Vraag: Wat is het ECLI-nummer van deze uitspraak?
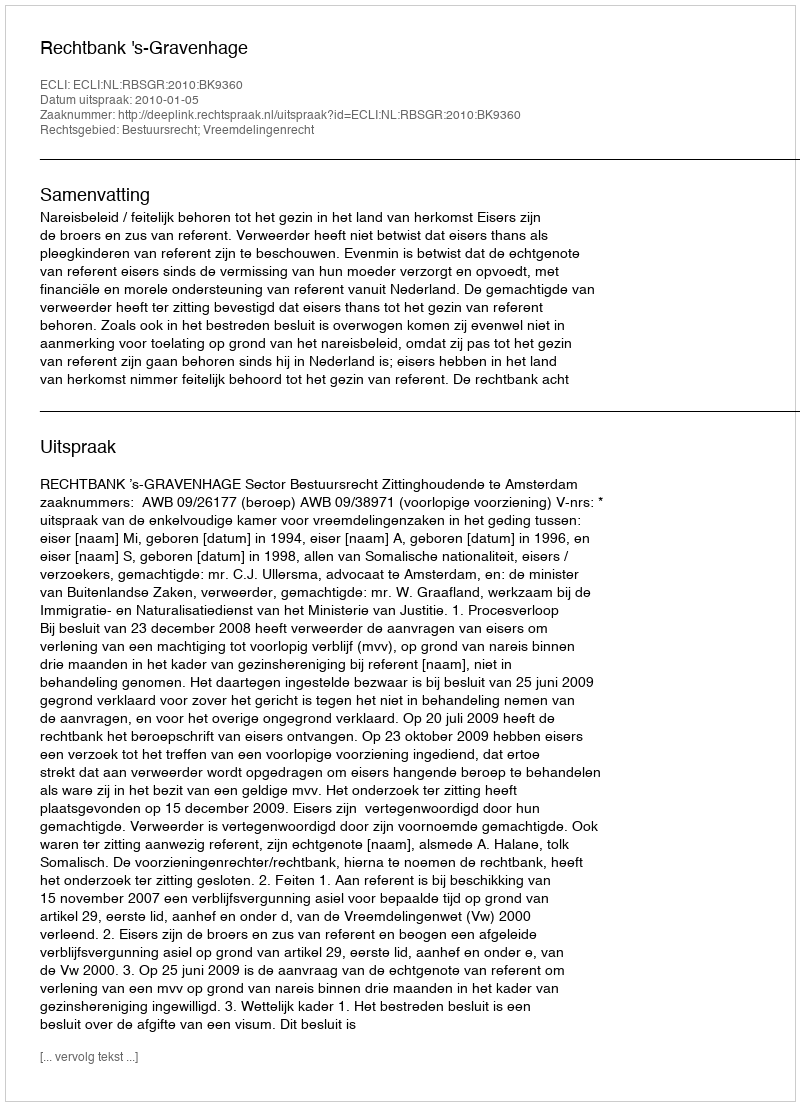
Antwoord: ECLI:NL:RBSGR:2010:BK9360